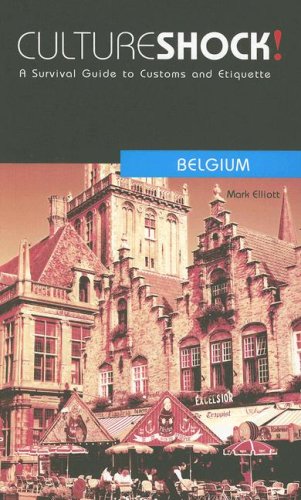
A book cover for Culture Shock! Belgium: A Survival Guide to Customs and Etiquette (Culture Shock! Guides); Mark Elliott; Travel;